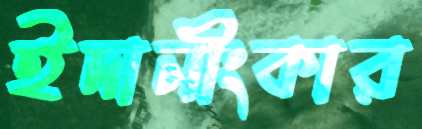
ইদানীংকার